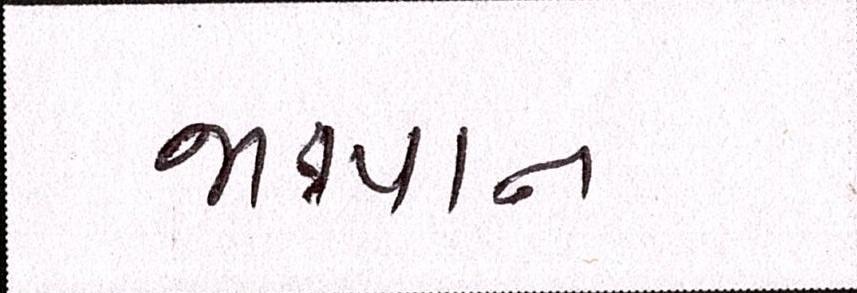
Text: જાપાનઃ